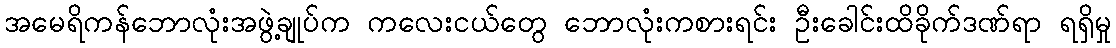
အမေရိကန်ဘောလုံးအဖွဲ့ချုပ်က ကလေးငယ်တွေ ဘောလုံးကစားရင်း ဦးခေါင်းထိခိုက်ဒဏ်ရာ ရရှိမှု